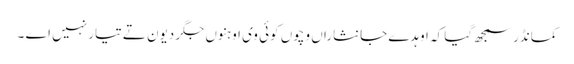
کمانڈر سمجھ گیا کہ اوہدے جانثاراں وچوں کوئی وی اوہنوں جگر دیون تے تیار نہیں اے ۔